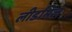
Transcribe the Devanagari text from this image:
लीडमिल